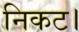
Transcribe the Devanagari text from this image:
निकट।